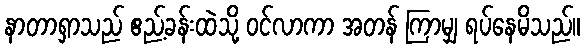
နာတာရှာသည် ဧည့်ခန်းထဲသို့ ဝင်လာကာ အတန် ကြာမျှ ရပ်နေမိသည်။